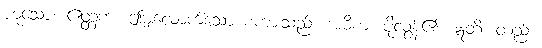
ဟူသော။ ဧတ္တကံ၊ ဤမျှလောက်သော စကားသည်။ အဓိကံ၊ ပိုလွန်၏။ ဣတိ၊ တည်း။